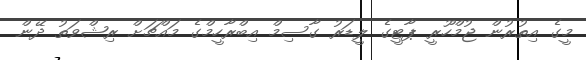
މީގެ އިތުރުން ޖުމްހޫރީ ޕާޓީގެ ލީޑަރު ގާސިމް އިބްރާހީމްގެ މައްޗަށް ރިޝްވަތު ދޭން